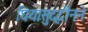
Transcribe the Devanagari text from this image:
घियासुद्दीनने